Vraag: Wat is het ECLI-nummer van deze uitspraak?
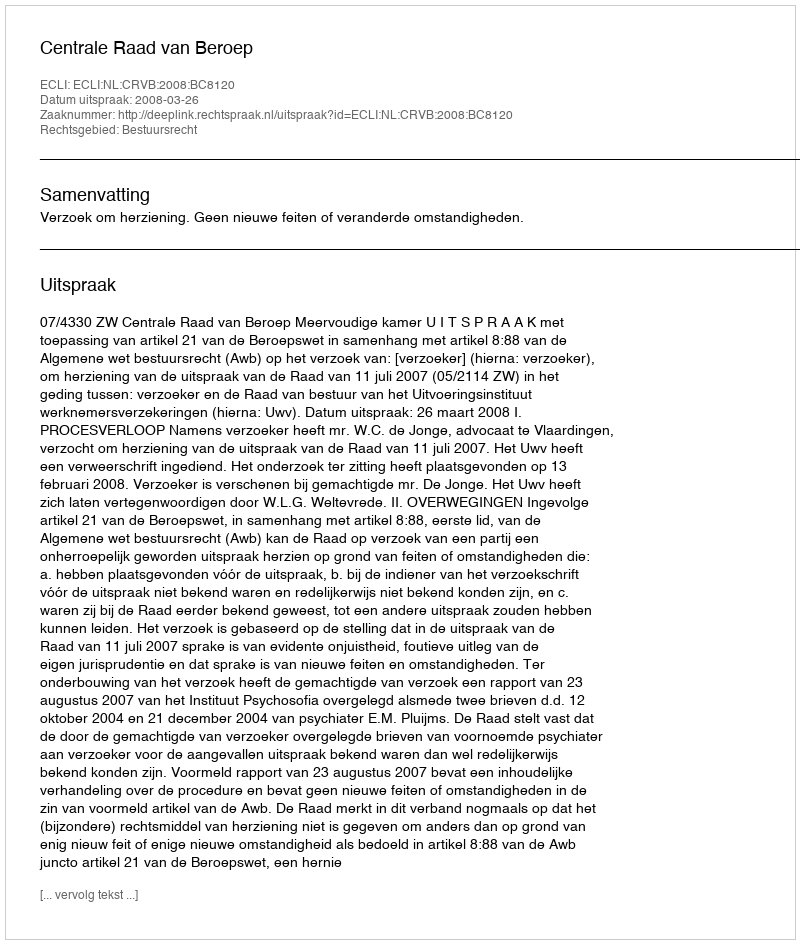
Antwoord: ECLI:NL:CRVB:2008:BC8120